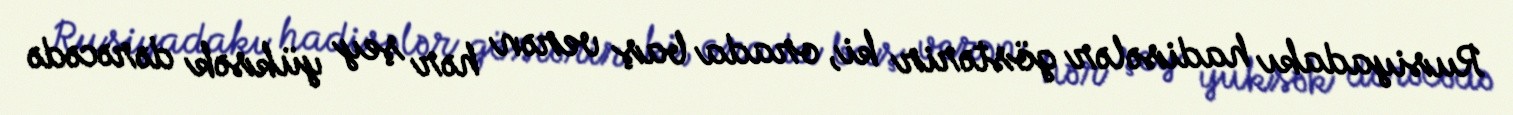
Rusiyadakı hadisələr göstərir ki, orada baş verən hər şey yüksək dərəcədə